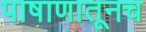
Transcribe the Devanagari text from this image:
पाषाणातूनच